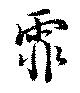
霏